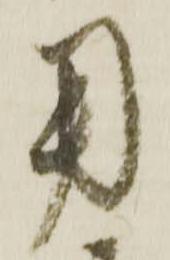
用